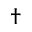
\dagger